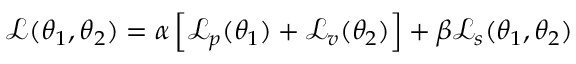
\mathcal { L } ( \boldsymbol { \theta } _ { 1 } , \boldsymbol { \theta } _ { 2 } ) = \alpha \left[ \mathcal { L } _ { p } ( \boldsymbol { \theta _ { 1 } } ) + \mathcal { L } _ { v } ( \boldsymbol { \theta _ { 2 } } ) \right] + \beta \mathcal { L } _ { s } ( \boldsymbol { \theta _ { 1 } } , \boldsymbol { \theta _ { 2 } } )